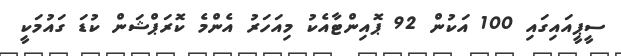
ސީޕީއައިގައި 100 އަކުން 92 ޕޮއިންޓާއެކު މިއަހަރު އެންމެ ކޮރަޕްޝަން ކުޑަ ގައުމަކީ